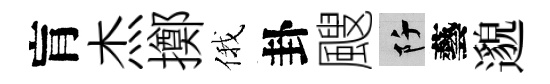
肓杰擲俄卦颼阡藝邈